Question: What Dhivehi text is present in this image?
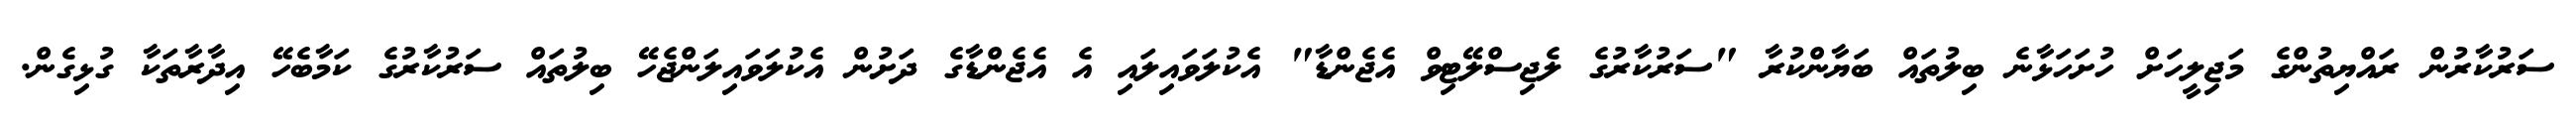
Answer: ސަރުކާރުން ރައްޔިތުންގެ މަޖިލީހަށް ހުށަހަޅާނެ ބިލުތައް ބަޔާންކުރާ "ސަރުކާރުގެ ލެޖިސްލޭޓިވް އެޖެންޑާ" އެކުލަވައިލައި އެ އެޖެންޑާގެ ދަށުން އެކުލަވައިލަންޖެހޭ ބިލުތައް ސަރުކާރުގެ ކަމާބެހޭ އިދާރާތަކާ ގުޅިގެން.